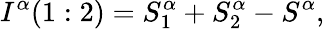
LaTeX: I^{\alpha}(1:2)=S_{1}^{\alpha}+S_{2}^{\alpha}-S^{\alpha},